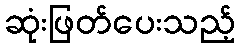
ဆုံးဖြတ်ပေးသည့်